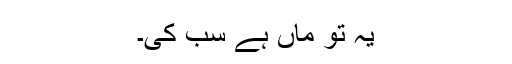
یہ تو ماں ہے سب کی۔